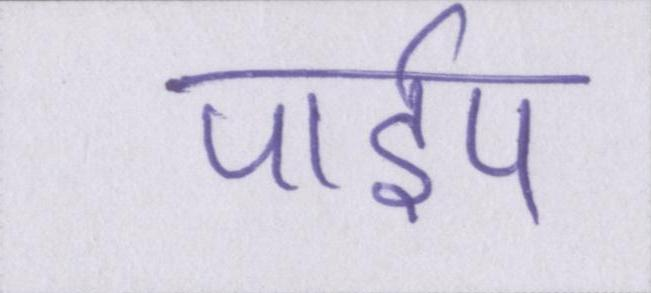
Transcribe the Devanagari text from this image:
पाईप